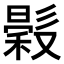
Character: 𢒳